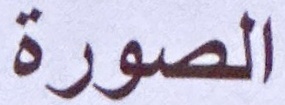
الصورة